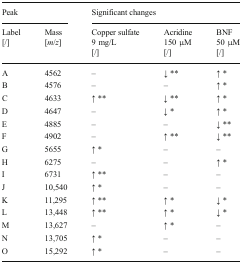
<table><thead><tr><td colspan="2"><b>Peak</b></td><td colspan="3"><b>Significant changes</b></td></tr><tr><td><b>Label[/]</b></td><td><b>Mass[<i>m</i>/<i>z</i>]</b></td><td><b>Copper sulfate9 mg/L[/]</b></td><td><b>Acridine150 μM[/]</b></td><td><b>BNF50 μM[/]</b></td></tr></thead><tbody><tr><td>A</td><td>4562</td><td>–</td><td>↓ **</td><td>↑ *</td></tr><tr><td>B</td><td>4576</td><td>–</td><td>–</td><td>↑ *</td></tr><tr><td>C</td><td>4633</td><td>↑ **</td><td>↓ **</td><td>↑ *</td></tr><tr><td>D</td><td>4647</td><td>–</td><td>↓ *</td><td>↑ *</td></tr><tr><td>E</td><td>4885</td><td>–</td><td>–</td><td>↓ **</td></tr><tr><td>F</td><td>4902</td><td>–</td><td>↑ **</td><td>↓ **</td></tr><tr><td>G</td><td>5655</td><td>↑ *</td><td>–</td><td>–</td></tr><tr><td>H</td><td>6275</td><td>–</td><td>–</td><td>↑ *</td></tr><tr><td>I</td><td>6731</td><td>↑ **</td><td>–</td><td>–</td></tr><tr><td>J</td><td>10,540</td><td>↑ *</td><td>–</td><td>–</td></tr><tr><td>K</td><td>11,295</td><td>↑ **</td><td>↑ *</td><td>↓ *</td></tr><tr><td>L</td><td>13,448</td><td>↑ **</td><td>↑ *</td><td>↓ *</td></tr><tr><td>M</td><td>13,627</td><td>–</td><td>↑ *</td><td>–</td></tr><tr><td>N</td><td>13,705</td><td>↑ *</td><td>–</td><td>–</td></tr><tr><td>O</td><td>15,292</td><td>↑ *</td><td>–</td><td>–</td></tr></tbody></table>